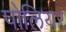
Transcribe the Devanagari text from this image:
पोलियर